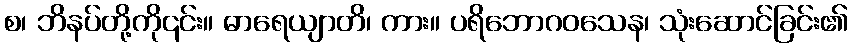
စ၊ ဘိနပ်တို့ကို၎င်း။ ဓာရေယျာတိ၊ ကား။ ပရိဘောဂဝသေန၊ သုံးဆောင်ခြင်း၏